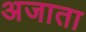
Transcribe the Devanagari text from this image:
अजाता